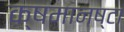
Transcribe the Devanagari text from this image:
क्षमानष्टा